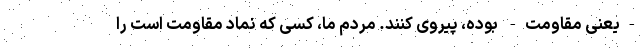
-یعنی مقاومت- بوده، پیروی کنند. مردم ما، کسی که نماد مقاومت است را